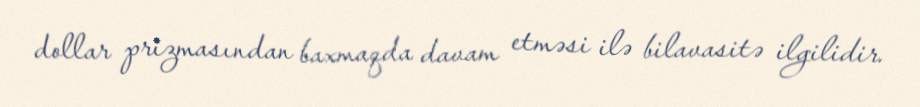
dollar prizmasından baxmaqda davam etməsi ilə bilavasitə ilgilidir.